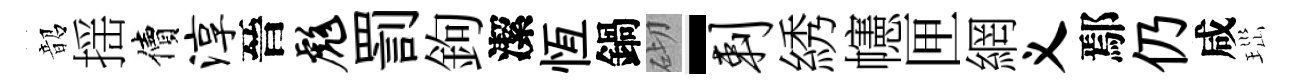
韶揺價淳晉彪罰鉤潔恆鍋砌-剌綉幰匣網义鄢仍咸𤤼